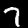
Label: 7